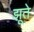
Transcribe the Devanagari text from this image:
झूते